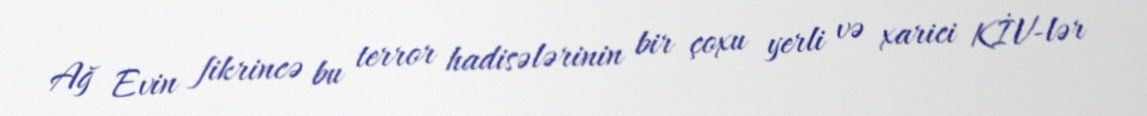
Ağ Evin fikrincə bu terror hadisələrinin bir çoxu yerli və xarici KİV-lər